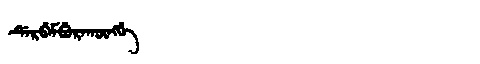
Manchu: ᡩᡝᡵᠪᡝᠮᠪᡠᡵᠠᡴᡡᠩᡤᡝ
Romanization: DERBEMBURAKŪNGGE